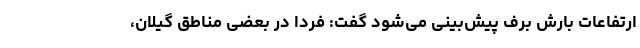
ارتفاعات بارش برف پیش‌بینی می‌شود گفت: فردا در بعضی مناطق گیلان،